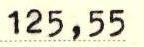
125,77